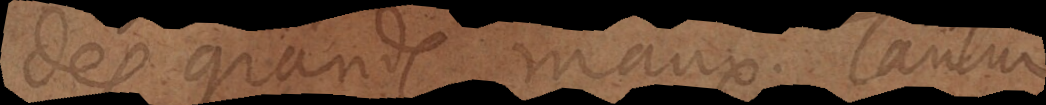
es grands maux: Tantum